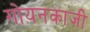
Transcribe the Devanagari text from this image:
गोयनकाजी